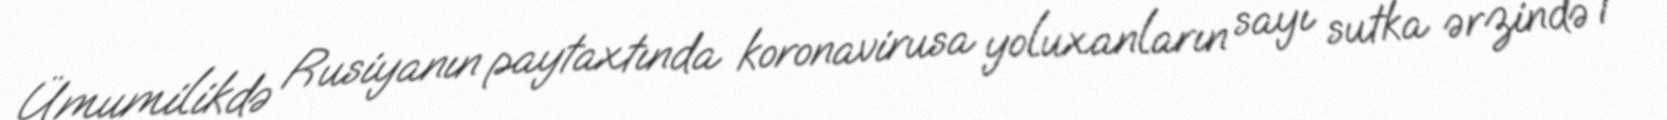
Ümumilikdə Rusiyanın paytaxtında koronavirusa yoluxanların sayı sutka ərzində 1